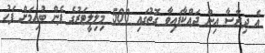
އެ ދިރާސާ އިން ދައްކާފައިވާ ގޮތުގައި 500 މިލިލީޓަރުގެ ފެން ބުއިމަށް ފަހު